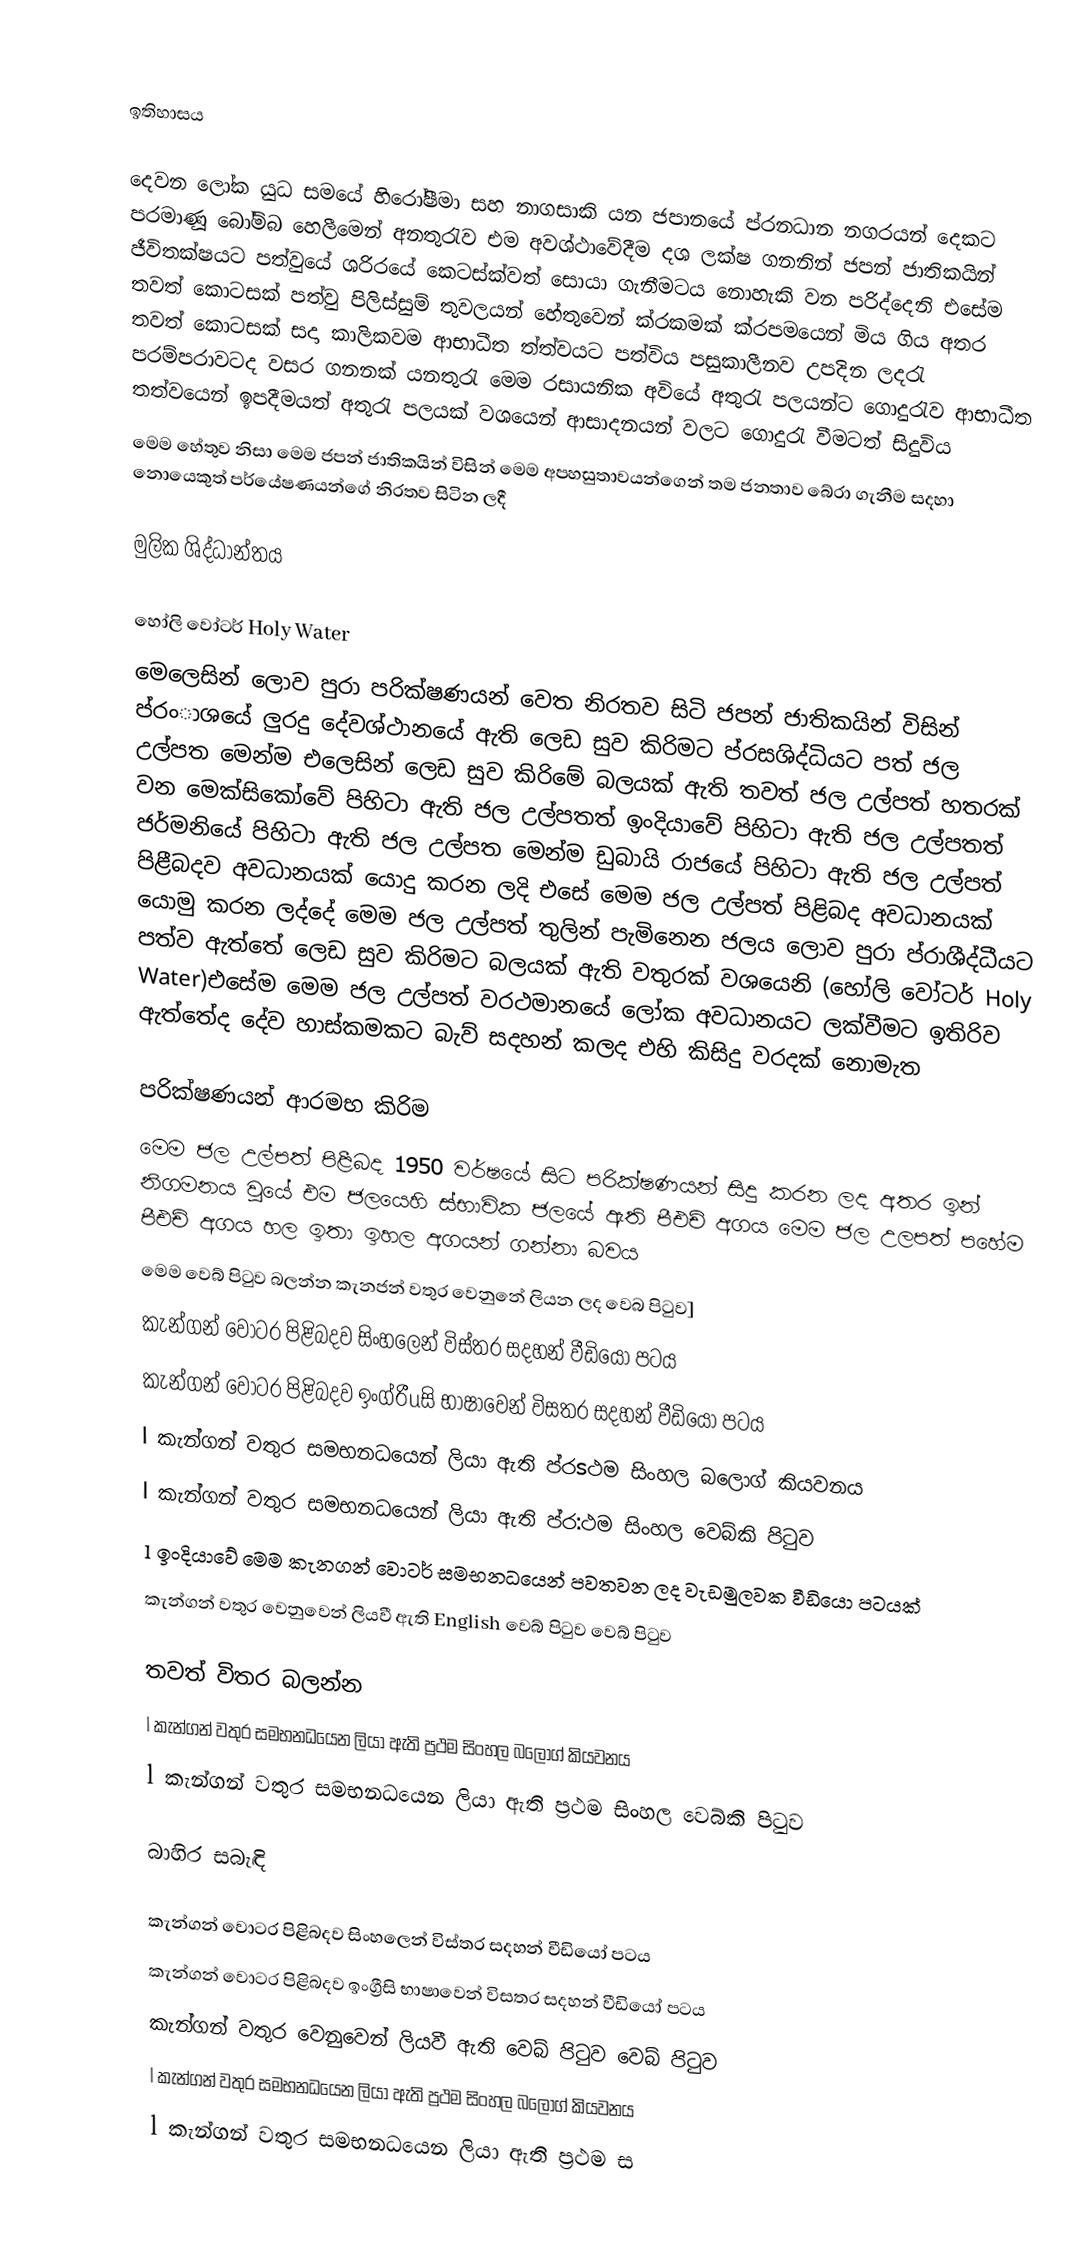

ඉතිහාසය

දෙවන ලෝක යුධ සමයේ හිරෝෂීමා සහ නාගසාකි යන ජපානයේ ප්රනධාන නගරයන් දෙකට පරමාණූ බෝම්බ හෙලීමෙන් අනතුරැව එම අවශ්ථාවේදීම දශ ලක්ෂ ගනනින් ජපන් ජාතිකයින් ජීවිතක්ෂයට පත්වුයේ ශරිරයේ කෙටස්ක්වත් සොයා ගැනීමටය නොහැකි වන පරිද්දෙනි එසේම තවත් කොටසක් පත්වු පිලිස්සුම් තුවලයන් හේතුවෙන් ක්රකමක් ක්රපමයෙන් මිය ගිය අතර තවත් කොටසක් සදා කාලිකවම ආභාධීත ත්ත්වයට පත්විය පසුකාලීනව උපදින ලදරැ පරම්පරාවටද වසර ගනනක් යනතුරැ මෙම රසායනික අවියේ අතුරැ පලයන්ට ගොදුරැව ආභාධීත තත්වයෙන් ඉපදීමයත් අතුරැ පලයක් වශයෙන් ආසාදනයන් වලට ගොදුරැ වීමටත් සිදුවිය
මෙම හේතුව නිසා මෙම ජපන් ජාතිකයින් විසින් මෙම අපහසුතාවයන්ගෙන් තම ජනතාව බේරා ගැනීම සදහා නොයෙකුත් පර්යේෂණයන්ගේ නිරතව සිටින ලදී

මුලික ශිද්ධාන්තය

හෝලි වෝටර් Holy Water
මෙලෙසින් ලොව පුරා පරික්ෂණයන් වෙත නිරතව සිටි ජපන් ජාතිකයින් විසින් ප්රංාශයේ ලුරදු දේවශ්ථානයේ ඇති ලෙඩ සුව කිරිමට ප්රසශිද්ධියට පත් ජල උල්පත මෙන්ම එලෙසින් ලෙඩ සුව කිරිමේ බලයක් ඇති තවත් ජල උල්පත් හතරක් වන මෙක්සිකෝවේ පිහිටා ඇති ජල උල්පතත් ඉංදියාවේ පිහිටා ඇති ජල උල්පතත් ජර්මනියේ පිහිටා ඇති ජල උල්පත මෙන්ම ඩුබායි රාජයේ පිහිටා ඇති ජල උල්පත් පිළීබදව අවධානයක් යොදු කරන ලදි එසේ මෙම ජල උල්පත් පිළිබද අවධානයක් යොමු කරන ලද්දේ මෙම ජල උල්පත් තුලින් පැමිනෙන ජලය ලොව පුරා ප්රාශීද්ධීයට පත්ව ඇත්තේ ලෙඩ සුව කිරිමට බලයක් ඇති වතුරක් වශයෙනි (හෝලි වෝටර් Holy Water)එසේම මෙම ජල උල්පත් වරථමානයේ ලෝක අවධානයට ලක්වීමට ඉතිරිව ඇත්තේද දේව හාස්කමකට බැව් සදහන් කලද එහි කිසිදු වරදක් නොමැත

පරික්ෂණයන් ආරමභ කිරිම
මෙම ජල උල්පත් පිළීබද 1950 වර්ෂයේ සිට පරික්ෂණයන් සිදු කරන ලද අතර ඉන් නිගමනය වුයේ එම ජලයෙහි ස්භාවික ජලයේ ඇති පීඑච් අගය මෙම ජල උලපත් පහේම පීඑච් අගය හල ඉතා ඉහල අගයන් ගන්නා බවය
මෙම වෙබ් පිටුව බලන්න    කැනජන් වතුර වෙනුනේ ලියන ලද වෙබ පිටුව]
 කැන්ගන් වෝටර පිළිබදව සිංහලෙන් විස්තර සදහන් වීඩියෝ පටය
 කැන්ගන් වෝටර පිළිබදව ඉංග්රීuසි භාෂාවෙන් විසතර සදහන් වීඩියෝ පටය
 l කැන්ගන් වතුර සමභනධයෙන් ලියා ඇති ප්රsථම සිංහල බලොග් කියවනය
 l කැන්ගන් වතුර සමභනධයෙන් ලියා ඇති ප්ර:ථම සිංහල වෙබ්කි පිටුව
 l ඉංදියාවේ මෙම කැනගන් වොටර් සමභනධයෙන් පවතවන ලද වැඩමුලවක වීඩියො පටයක්
 කැන්ගන් වතුර වෙනුවෙන් ලියවී ඇති English  වෙබ් පිටුව වෙබ් පිටුව

තවත් විතර බලන්න
 l කැන්ගන් වතුර සමභනධයෙන ලියා ඇති ප්‍රථම සිංහල බලොග් කියවනය
 l කැන්ගන් වතුර සමභනධයෙන ලියා ඇති ප්‍රථම සිංහල වෙබ්කි පිටුව

බාහිර සබැඳි

 කැන්ගන් වොටර පිළිබදව සිංහලෙන් විස්තර සදහන් වීඩියෝ පටය
 කැන්ගන් වොටර පිළිබදව ඉංග්‍රීසි භාෂාවෙන් විසතර සදහන් වීඩියෝ පටය
 කැන්ගන් වතුර වෙනුවෙන් ලියවී ඇති වෙබ් පිටුව වෙබ් පිටුව
 l කැන්ගන් වතුර සමභනධයෙන ලියා ඇති ප්‍රථම සිංහල බලොග් කියවනය
 l කැන්ගන් වතුර සමභනධයෙන ලියා ඇති ප්‍රථම ස